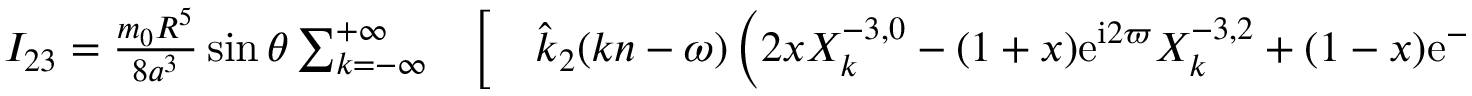
\begin{array} { r l r } { I _ { 2 3 } = \frac { m _ { 0 } R ^ { 5 } } { 8 a ^ { 3 } } \sin \theta \sum _ { k = - \infty } ^ { + \infty } } & { { } \bigg [ } & { \hat { k } _ { 2 } ( k n - \omega ) \left( 2 x X _ { k } ^ { - 3 , 0 } - ( 1 + x ) \mathrm { e } ^ { \mathrm { i } 2 \varpi } X _ { k } ^ { - 3 , 2 } + ( 1 - x ) \mathrm { e } ^ { - \mathrm { i } 2 \varpi } X _ { k } ^ { - 3 , - 2 } \right) } \end{array}